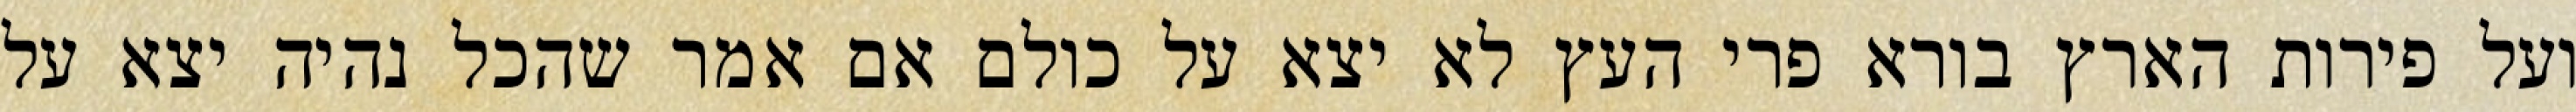
ועל פירות הארץ בורא פרי העץ לא יצא על כולם אם אמר שהכל נהיה יצא על